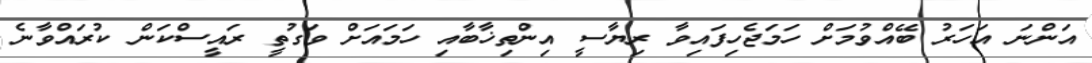
އަންނަ އަހަރު ބޭއްވުމަށް ހަމަޖެހިފައިވާ ރިޔާސީ އިންތިޚާބާއި ހަމައަށް ވަގުތީ ރައީސްކަން ކުރައްވާނެ